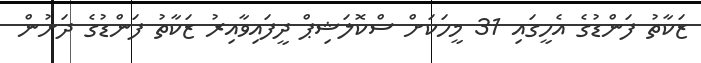
ޒަކާތު ފަންޑުގެ އެހީގައި 31 މީހަކަށް ސްކޮލަޝިޕް ދީފައިވާއިރު ޒަކާތު ފަންޑުގެ ދަށުން